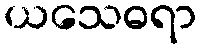
ယသေဓရာ